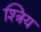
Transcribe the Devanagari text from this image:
श्त्रिय